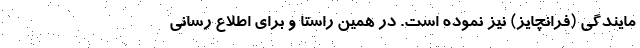
مایندگی (فرانچایز) نیز نموده است. در همین راستا و برای اطلاع ­رسانی